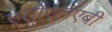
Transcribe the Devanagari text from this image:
एसीएलएबी